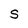
Character: S